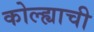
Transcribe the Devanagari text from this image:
कोल्ह्याची